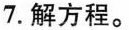
7.解方程。